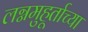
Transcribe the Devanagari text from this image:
लग्नमुहूर्ताच्या